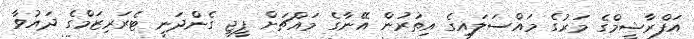
އަފްރާޝީމްގެ މަރުގެ މައްސަލައިގެ އިތުރުން އޭނާގެ މައްޗަށް ޕީޖީ ގެންދަނީ ޓެރަރިޒަމްގެ ދައުވާ